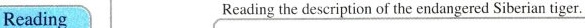
Reading Reading the description of the endangered Siberian tiger.